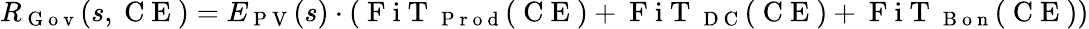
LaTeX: R_{\mathrm{~G~o~v~}}(s,\mathrm{~C~E~})=E_{\mathrm{~P~V~}}(s)\cdot(\mathrm{~F~i~T~}_{\mathrm{~P~r~o~d~}}(\mathrm{~C~E~})+\mathrm{~F~i~T~}_{\mathrm{~D~C~}}(\mathrm{~C~E~})+\mathrm{~F~i~T~}_{\mathrm{~B~o~n~}}(\mathrm{~C~E~}))